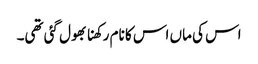
اس کی ماں اس کا نام رکھنا بھول گئی تھی۔